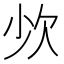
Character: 𣢒